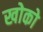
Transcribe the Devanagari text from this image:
खोको